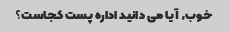
خوب، آیا می دانید اداره پست کجاست؟